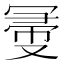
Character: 𠖗